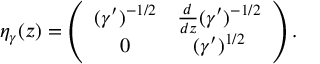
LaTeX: \eta _ { \gamma } ( z ) = \left( \begin{array} { c c } { { ( \gamma ^ { \prime } ) ^ { - 1 / 2 } } } & { { { \frac { d } { d z } } ( \gamma ^ { \prime } ) ^ { - 1 / 2 } } } \\ { { 0 } } & { { ( \gamma ^ { \prime } ) ^ { 1 / 2 } } } \end{array} \right) .